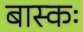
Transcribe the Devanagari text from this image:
बास्कः